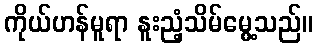
ကိုယ်ဟန်မူရာ နူးညံ့သိမ်မွေ့သည်။